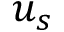
u _ { s }